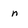
Character: n